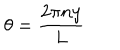
\theta = { \frac { 2 \pi n y } { L } }